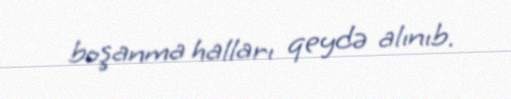
boşanma halları qeydə alınıb.